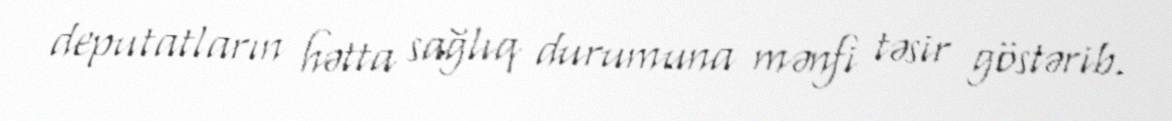
deputatların hətta sağlıq durumuna mənfi təsir göstərib.